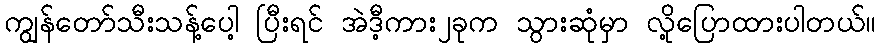
ကျွန်တော်သီးသန့်ပေါ့ ပြီးရင် အဲဒီ့ကား၂ခုက သွားဆုံမှာ လို့ပြောထားပါတယ်။